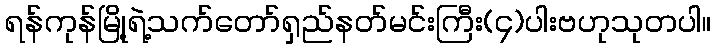
ရန်ကုန်မြို့ရဲ့သက်တော်ရှည်နတ်မင်းကြီး(၄)ပါးဗဟုသုတပါ။